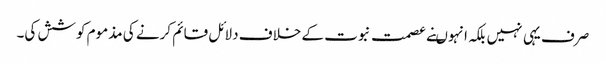
صرف یہی نہیں بلکہ انہوںنے عصمت نبوت کے خلاف دلائل قائم کرنے کی مذموم کوشش کی۔